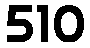
510